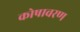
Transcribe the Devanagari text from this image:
कोषावरण